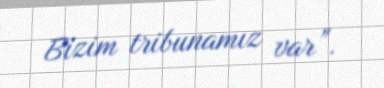
Bizim tribunamız var”.